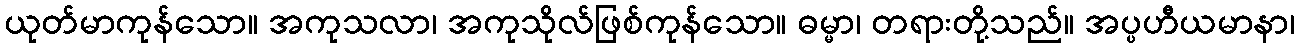
ယုတ်မာကုန်သော။ အကုသလာ၊ အကုသိုလ်ဖြစ်ကုန်သော။ ဓမ္မာ၊ တရားတို့သည်။ အပ္ပဟီယမာနာ၊